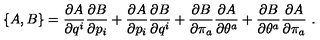
\left\{ A , B \right\} = \frac { \partial A } { \partial q ^ { i } } \frac { \partial B } { \partial p _ { i } } + \frac { \partial A } { \partial p _ { i } } \frac { \partial B } { \partial q ^ { i } } + \frac { \partial B } { \partial \pi _ { a } } \frac { \partial A } { \partial \theta ^ { a } } + \frac { \partial B } { \partial \theta ^ { a } } \frac { \partial A } { \partial \pi _ { a } } \ .